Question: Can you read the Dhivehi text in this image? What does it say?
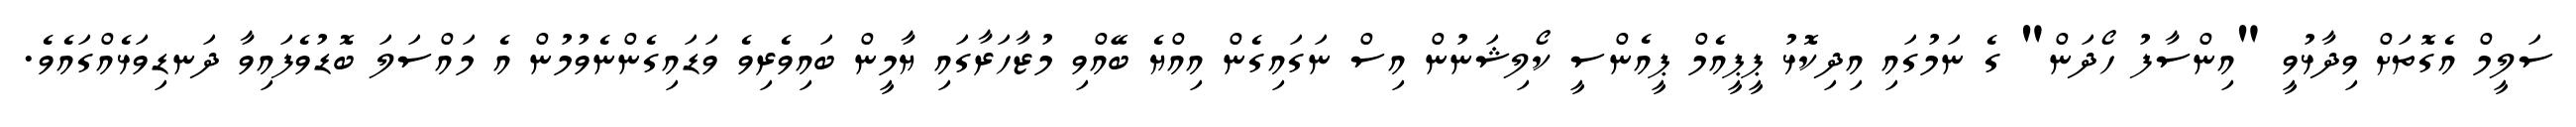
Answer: ސަލީމް އެގޮތަށް ވިދާޅުވީ "އިންސާފު ހޯދަން" ގެ ނަމުގައި އިދިކޮޅު ޕީޕީއެމް ޕީއެންސީ ކޯލިޝަނުން އިސް ނަގައިގެން އިއްޔެ ބޭއްވި މުޒާހަރާގައި ޔާމީން ބައިވެރިވެ ވަޑައިގެންނެވުމުން އެ މައްސަލަ ބޮޑުވެފައިވާ ދަނޑިވަޅެއްގައެވެ.